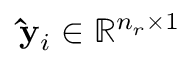
\mathbf { \hat { y } } _ { i } \in \mathbb { R } ^ { n _ { r } \times 1 }